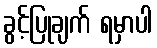
ခွင့်ပြုချက် ရမှာပါ